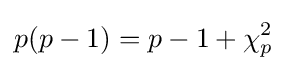
p(p-1)=p-1+\chi _{p}^{2}